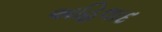
અહિલાદ